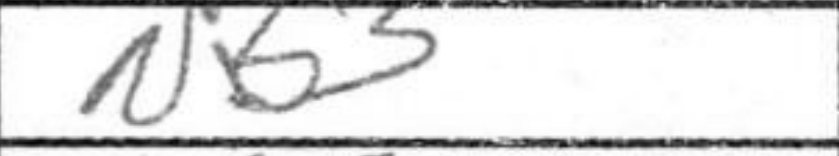
Transcription: Nb3